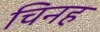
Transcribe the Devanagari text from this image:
चिनह